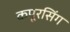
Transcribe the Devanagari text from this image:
कपूरसिंग